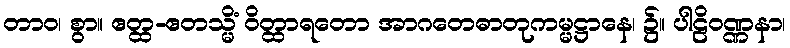
တာဝ၊ စွာ။ ဧတ္ထ-ဧတသ္မိံ ဝိတ္ထာရတော အာဂတေဓာတုကမ္မဋ္ဌာနေ၊ ၌။ ပါဠိဝဏ္ဏနာ၊